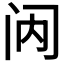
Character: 𮤯